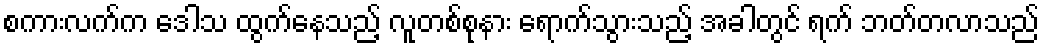
စကားလက်က ဒေါသ ထွက်နေသည့် လူတစ်စုနား ရောက်သွားသည့် အခါတွင် ရက် ဘတ်တလာသည်